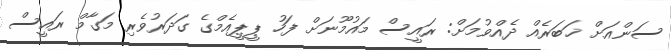
ސަންއަށް ޚަބަރެއް ދެއްވުމަށް: ރައީސް މައުމޫނަށް ފަހު ޕީޕީއެމްގެ ގަދަރުވެރި މަގާމް ރައީސް